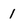
Character: 1